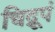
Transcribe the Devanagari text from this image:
चिद्रूपं